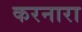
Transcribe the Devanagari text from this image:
करनारा